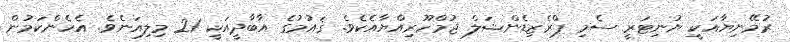
ރުމޭނިޔާއަކީ ޔުނިޓަރީ ސެމި ޕްރެޒިޑެންޝަލް ޖުމްހޫރިއްޔާއެކެވެ. ޤައުމުގެ އާބާދީއަކީ 21 މިލިއަނެވެ. އެހެންކަމުން